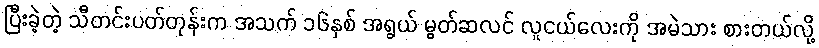
ပြီးခဲ့တဲ့ သီတင်းပတ်တုန်းက အသက် ၁၆နှစ် အရွယ် မွတ်ဆလင် လူငယ်လေးကို အမဲသား စားတယ်လို့